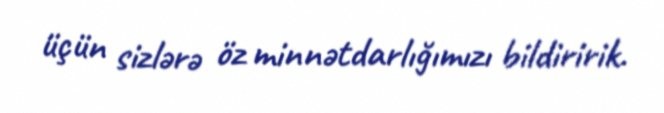
üçün sizlərə öz minnətdarlığımızı bildiririk.